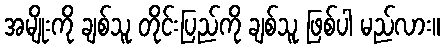
အမျိုးကို ချစ်သူ တိုင်းပြည်ကို ချစ်သူ ဖြစ်ပါ မည်လား။